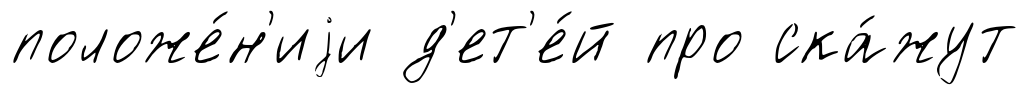
положе́н'иjи д'ет'е́й про ска́жут